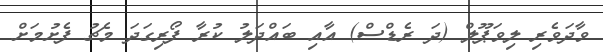
ވާދަވެރި ލިވަޕޫލް (ދަ ރެޑްސް) އާއި ބައްދަލު ކުރާ ފޯރިގަދަ މެޗު ފެށުމަށް